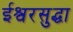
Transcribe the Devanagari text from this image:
ईश्वरसुद्धा